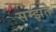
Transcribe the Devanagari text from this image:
सम्झते